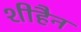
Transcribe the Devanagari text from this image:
शीहैन